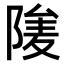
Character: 𨺮